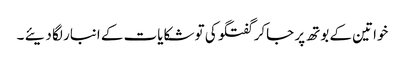
خواتین کے بوتھ پر جاکر گفتگو کی تو شکایات کے انبار لگا دیئے ۔